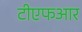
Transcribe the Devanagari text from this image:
टीएफआर